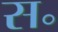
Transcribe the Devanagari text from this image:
स॰